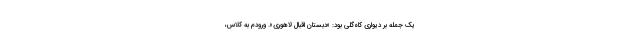
یک جمله بر دیواری کاه‌گلی بود: «دبستان اقبال لاهوری». ورودم به کلاس،